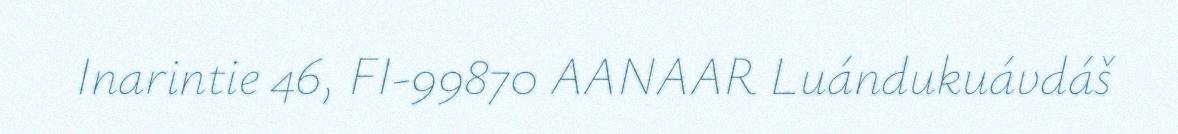
Inarintie 46, FI-99870 AANAAR Luándukuávdáš